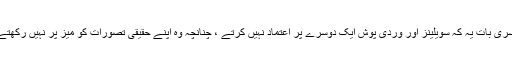
تیسری بات یہ کہ سویلینز اور وردی پوش ایک دوسرے پر اعتماد نہیں کرتے ، چنانچہ وہ اپنے حقیقی تصورات کو میز پر نہیں رکھتے ۔